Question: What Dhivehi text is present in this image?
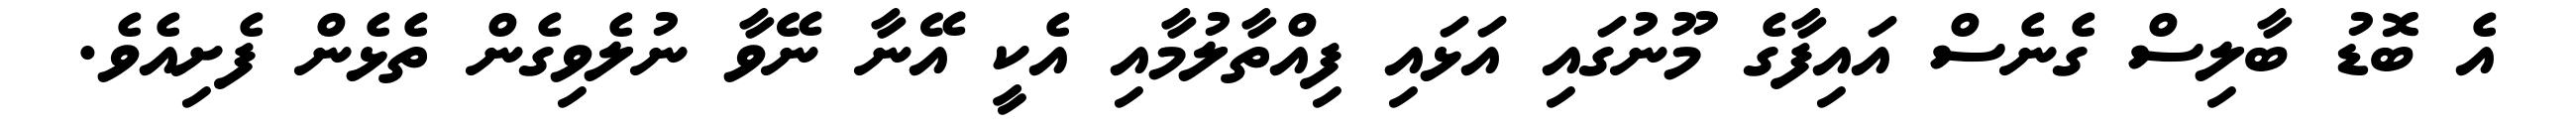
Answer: އެ ބޮޑު ބާލިސް ގެނެސް އައިފާގެ މޫނުގައި އަޅައި ފިއްތާލުމާއި އެކީ އޭނާ ނޭވާ ނުލެވިގެން ތެޅެން ފެށިއެވެ.